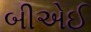
બીએઈ